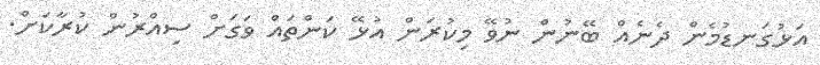
އަޅުގަނޑުމެން ދެނެއް ބޭނުން ނުވޭ މިކުރަން އުޅޭ ކަންތައް ވަގަށް ސިއްރުން ކުރާކަށް.